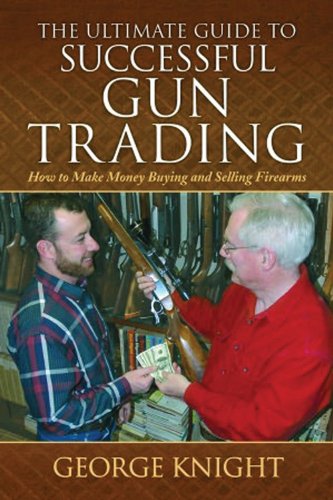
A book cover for Ultimate Guide to Successful Gun Trading: How to Make Money Buying and Selling Firearms; George Knight; Crafts, Hobbies & Home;